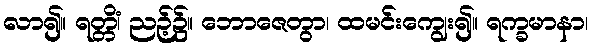
လာ၍။ ရတ္တိံ၊ ညဉ့်၌။ ဘောဇေတွာ၊ ထမင်းကျွေး၍။ ရက္ခမာနာ၊